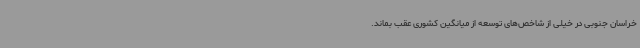
خراسان جنوبی در خیلی از شاخص‌های توسعه از میانگین کشوری عقب بماند.